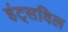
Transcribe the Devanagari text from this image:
हंट्सविल